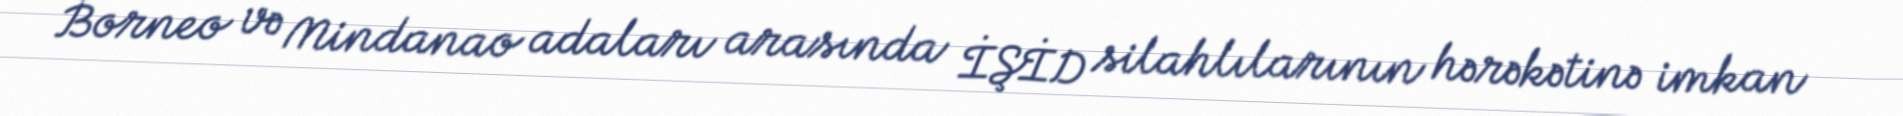
Borneo və Mindanao adaları arasında İŞİD silahlılarının hərəkətinə imkan